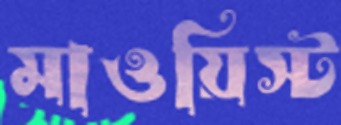
মাওয়িস্ট